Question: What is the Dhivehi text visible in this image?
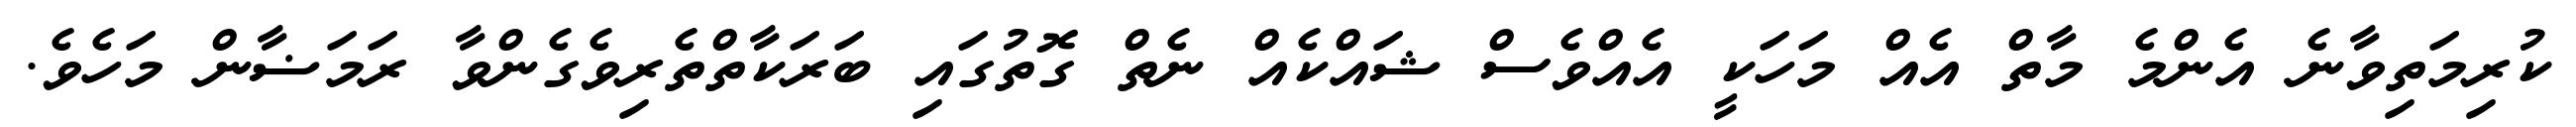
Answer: ކުރިމަތިވާނެ އެންމެ މާތް އެއް މަހަކީ އެއްވެސް ޝައްކެއް ނެތް ގޮތުގައި ބަރަކާތްތެރިވެގެންވާ ރަމަޟާން މަހެވެ.